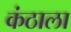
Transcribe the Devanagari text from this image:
कंठाला